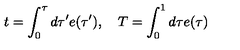
t = \int _ { 0 } ^ { \tau } d \tau ^ { \prime } e ( \tau ^ { \prime } ) , \quad T = \int _ { 0 } ^ { 1 } d \tau e ( \tau )